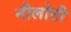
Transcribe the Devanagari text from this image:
नीलोटी